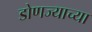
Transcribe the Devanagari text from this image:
डोणज्याच्या